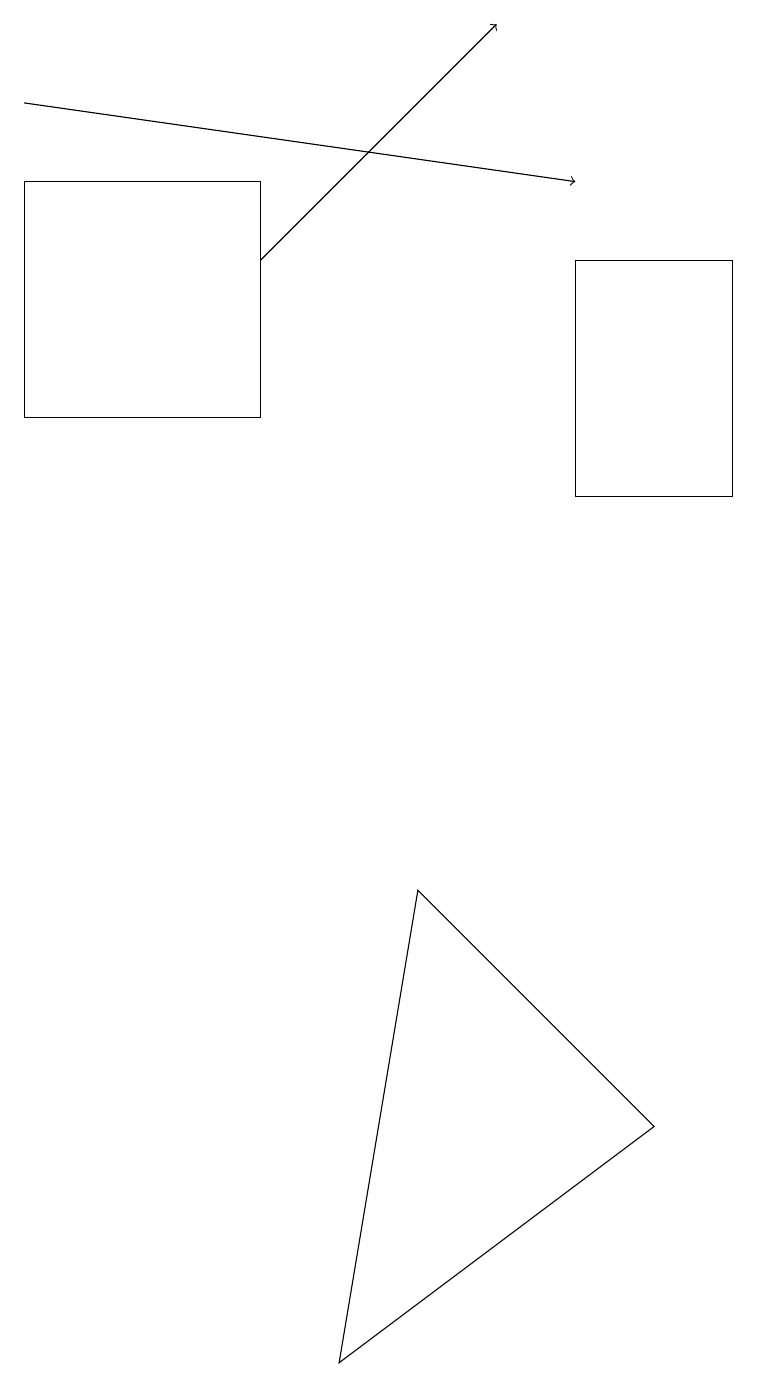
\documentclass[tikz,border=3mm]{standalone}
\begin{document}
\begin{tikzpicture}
\draw (3,14) rectangle (0,17);
\draw (7,13) rectangle (9,16);
\draw[->] (0,18) -- (7,17);
\draw[->] (3,16) -- (6,19);
\draw (8,5) -- (5,8) -- (4,2) -- cycle;
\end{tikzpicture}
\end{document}